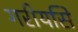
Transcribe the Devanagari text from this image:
गरीयसि